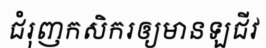
ជំរុញកសិករឲ្យមានឡជីវ